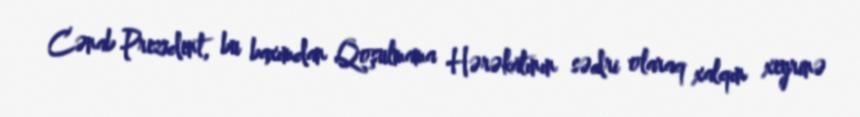
Cənab Prezident, bu baxımdan Qoşulmama Hərəkatının sədri olaraq xalqın xeyrinə